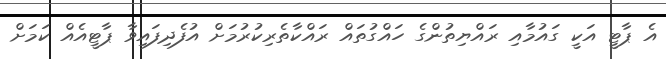
އެ ޕާޓީ އަކީ ގައުމާއި ރައްޔިތުންގެ ހައްގުތައް ރައްކާތެރިކުރުމަށް އުފެދިފައިވާ ޕާޓީއެއް ކަމަށް